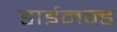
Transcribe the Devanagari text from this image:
डाईमन्ड